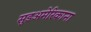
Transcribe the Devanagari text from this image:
सुडअमेरिकाना